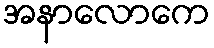
အနာလောကေ